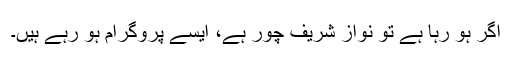
اگر ہو رہا ہے تو نواز شریف چور ہے، ایسے پروگرام ہو رہے ہیں۔